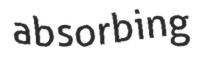
absorbing